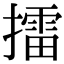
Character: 擂